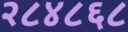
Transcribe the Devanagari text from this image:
२८४८६८